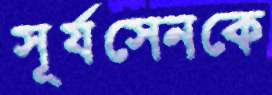
সূর্যসেনকে